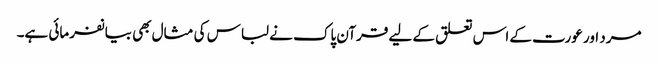
مرد اور عورت کے اس تعلق کے لیے قرآن پاک نے لباس کی مثال بھی بیانفرمائی ہے۔